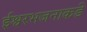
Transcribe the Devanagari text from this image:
ईश्वरभजनाकडे